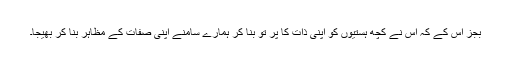
بجز اس کے کہ اس نے کچھ ہستیوں کو اپنی ذات کا پَر تو بنا کر ہمارے سامنے اپنی صفات کے مظاہر بنا کر بھیجا۔